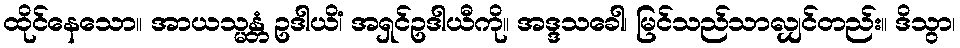
ထိုင်နေသော။ အာယသ္မန္တံ ဥဒါယိံ၊ အရှင်ဥဒါယီကို။ အဒ္ဒသခေါ၊ မြင်သည်သာလျှင်တည်း။ ဒိသွာ၊